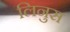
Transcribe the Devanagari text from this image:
लिनुस